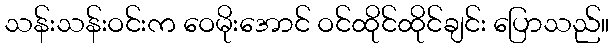
သန်းသန်းဝင်းက ဝေမိုးအောင် ဝင်ထိုင်ထိုင်ချင်း ပြောသည်။